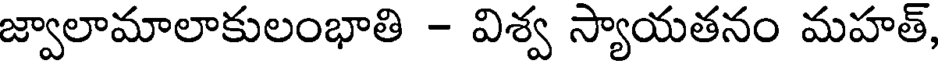
జ్వాలామాలాకులంభాతి - విశ్వ స్యాయతనం మహత్,